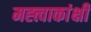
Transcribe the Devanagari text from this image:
मह्त्त्वाकांक्षी